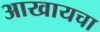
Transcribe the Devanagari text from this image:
आखायचा